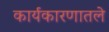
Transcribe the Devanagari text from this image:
कार्यकारणातले